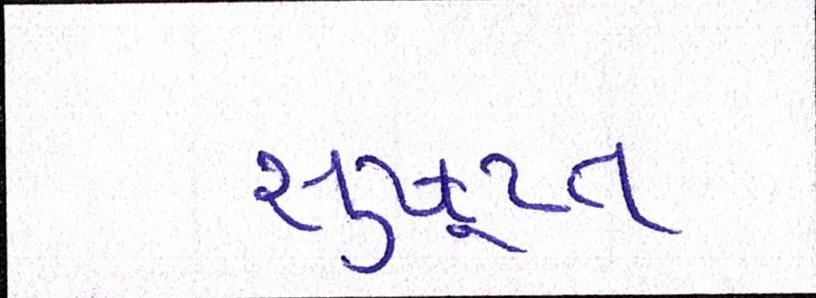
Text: સુષુપ્ત